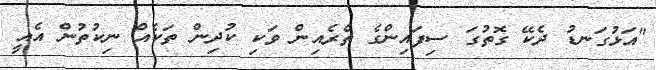
"އަޅުގަނޑު ދެކޭ ގޮތުގަ ސިފައިންގެ ތެރެއިން ވަކި ކުދިން ތަކެއް ނިކުތުން އެއީ